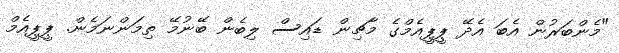
"މެންބަރުން އެބަ އެދޭ ޕީޕީއެމްގެ މާޗިން ޑައިސް ލިބެން ބޭނުމޭ ތިމަންނަމެން. ޕީޕީއެމް